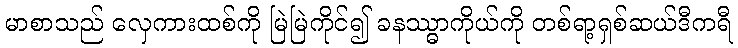
မာစာသည် လှေကားထစ်ကို မြဲမြဲကိုင်၍ ခနဿ္ဓာကိုယ်ကို တစ်ရာ့ရှစ်ဆယ်ဒီကရီ